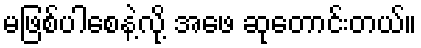
မဖြစ်ပါစေနဲ့လို့ အဖေ ဆုတောင်းတယ်။